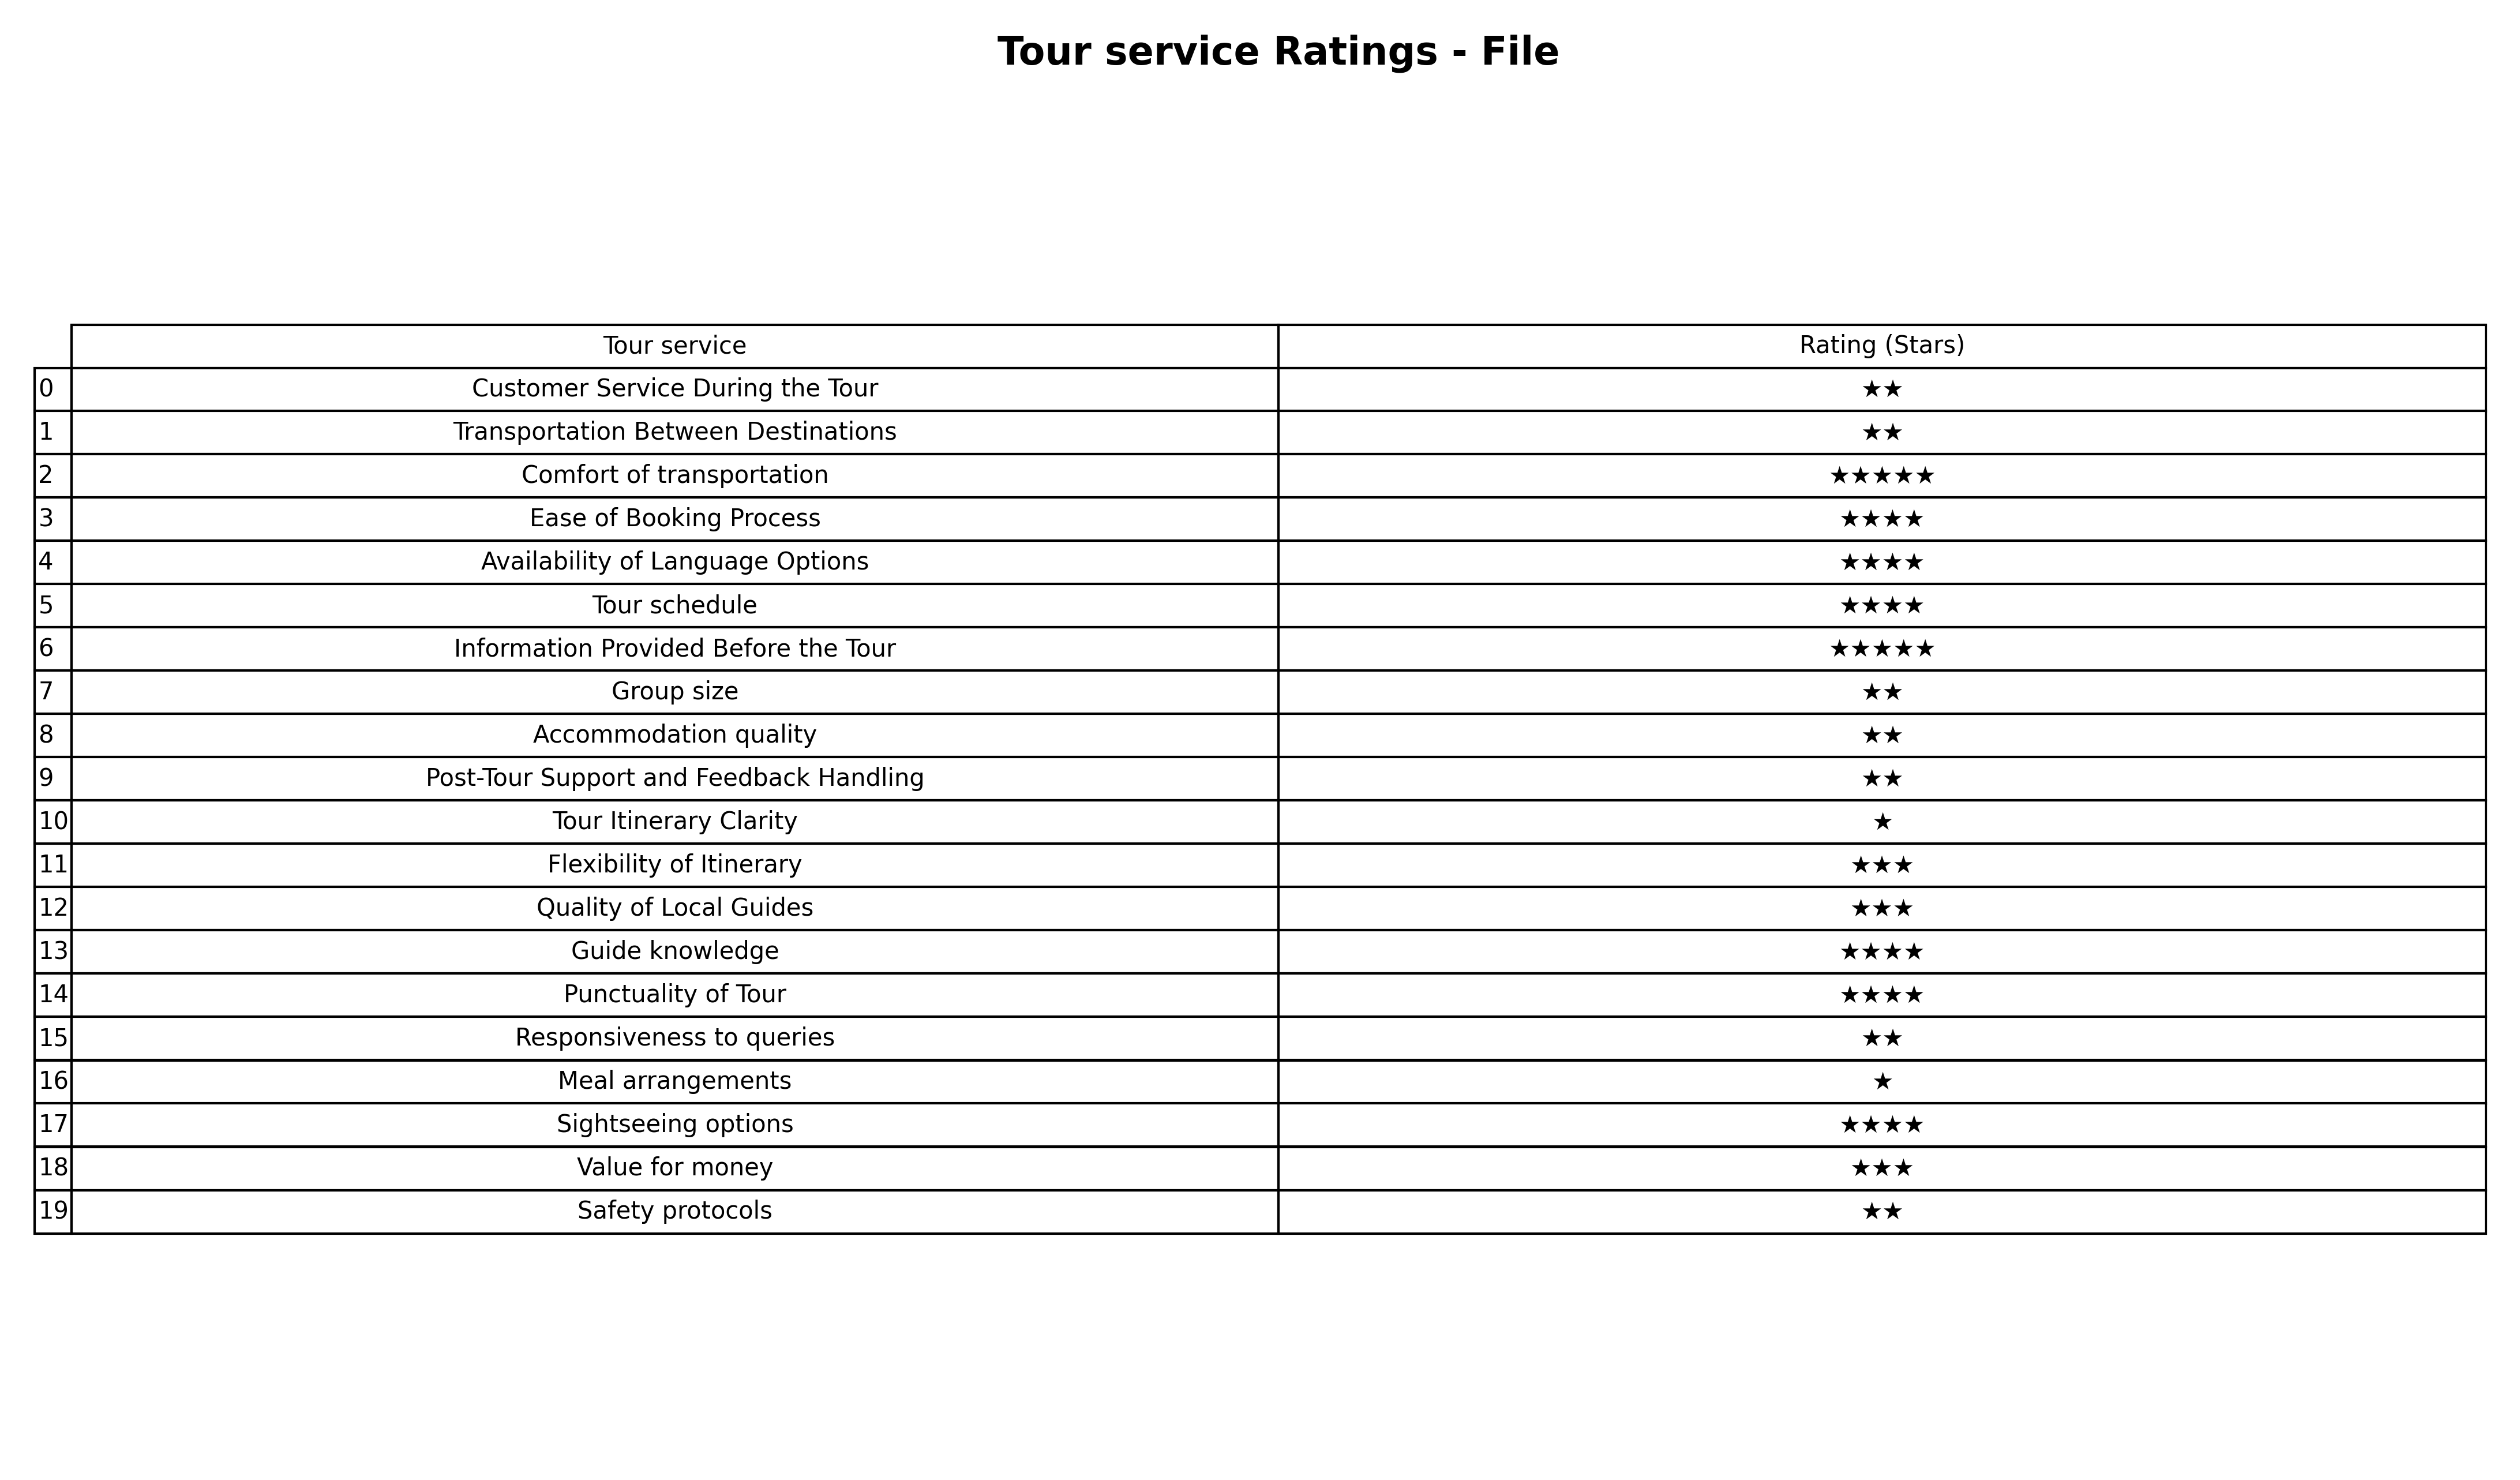
question: What is the rating of Punctuality of Tour?
answer: ★★★★